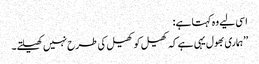
اسی لیے وہ کہتا ہے:
’’ہماری بھول یہی ہے کہ کھیل کو کھیل کی طرح نہیں کھیلتے۔